Indian journal of veterinary science and animal husbandry - Volume 1,
Year: 1931
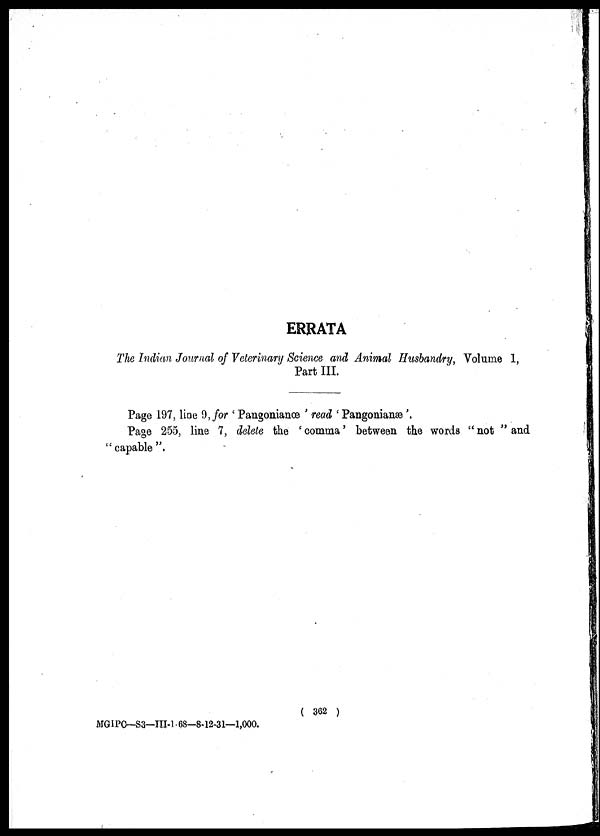
ERRATA
The Indian Journal of Veterinary Science and Animal Husbandry, Volume 1,
Part III.
Page 197, line 9, for ' Pangonianœ ' read 'Pangonianæ'.
Page 255, line 7, delete the ' comma' between the words " not " and
"capable".
( 362 )
MGIPC-S3—III-1- 68—8-12-31—1,000.